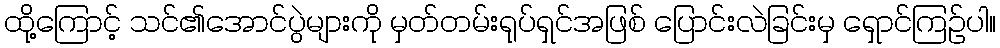
ထို့ကြောင့် သင်၏အောင်ပွဲများကို မှတ်တမ်းရုပ်ရှင်အဖြစ် ပြောင်းလဲခြင်းမှ ရှောင်ကြဉ်ပါ။